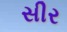
સીર